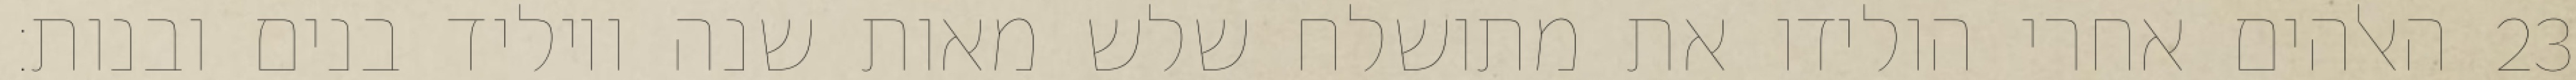
האלהים אחרי הולידו את מתושלח שלש מאות שנה ויוליד בנים ובנות׃ ‎23‏